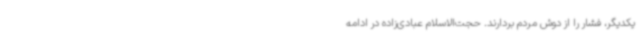
یکدیگر، فشار را از دوش مردم بردارند. حجت‌الاسلام عبادی‌زاده در ادامه